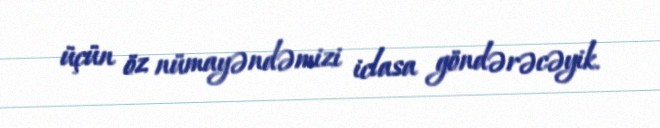
üçün öz nümayəndəmizi iclasa göndərəcəyik.